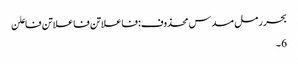
بحر رمل مسدس محذوف:فاعلاتن فاعلاتن فاعلن
6۔